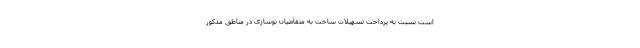
است نسبت به پرداخت تسهیلات ساخت به متقاضیان نوسازی در مناطق مذکور